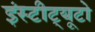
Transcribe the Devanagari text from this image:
इंस्टीट्यूटो